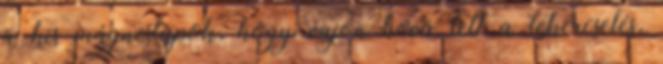
a kis mágneslapok, hogy vajon hová lett a tekercselés,